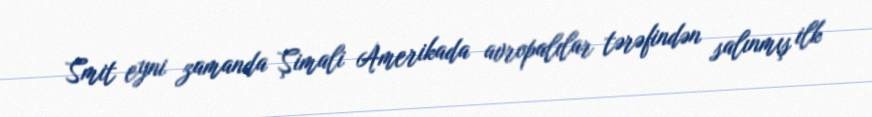
Smit eyni zamanda Şimali Amerikada avropalılar tərəfindən salınmış ilk